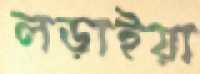
লড়াইয়া